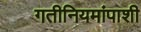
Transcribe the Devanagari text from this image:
गतीनियमांपाशी